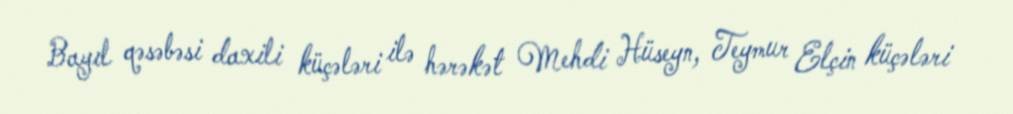
Bayıl qəsəbəsi daxili küçələri ilə hərəkət Mehdi Hüseyn, Teymur Elçin küçələri